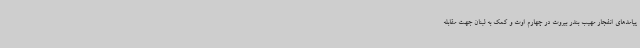
پیامدهای انفجار مهیب بندر بیروت در چهارم اوت و کمک به لبنان جهت مقابله